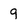
Character: 9